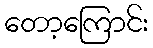
တော့ကြောင်း